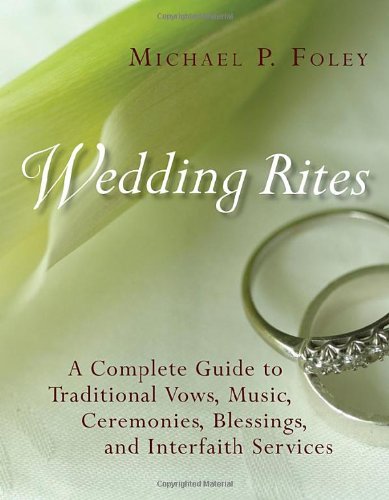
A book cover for Wedding Rites: The Complete Guide to Traditional Vows, Music, Ceremonies, Blessings, and Interfaith Services; Michael P. Foley; Crafts, Hobbies & Home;